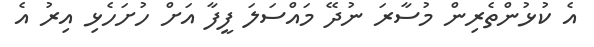
އެ ކުޅުންތެރިން މުސާރަ ނުދޭ މައްސަލަ ފީފާ އަށް ހުށަހެޅި އިރު އެ